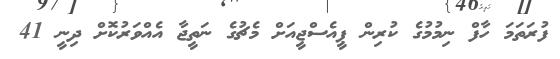
ފުރަތަމަ ހާފް ނިމުމުގެ ކުރިން ޕީއެސްޖީއަށް މެޗުގެ ނަތީޖާ އެއްވަރުކޮށް ދިނީ 41